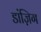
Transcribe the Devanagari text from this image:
डांज़िग